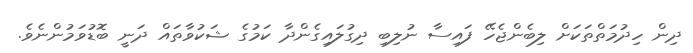
ދިން ހިދުމަތްތަކަށް ލިބެންޖެހޭ ފައިސާ ނުލިބި ދިގުލައިގެންދާ ކަމުގެ ޝަކުވާތައް ދަނީ ބޮޑުވަމުންނެވެ.